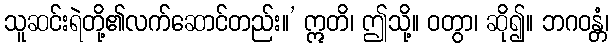
သူဆင်းရဲတို့၏လက်ဆောင်တည်း။’ ဣတိ၊ ဤသို့။ ဝတွာ၊ ဆို၍။ ဘဂဝန္တံ၊